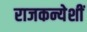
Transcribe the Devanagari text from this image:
राजकन्येशीं